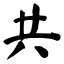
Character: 共